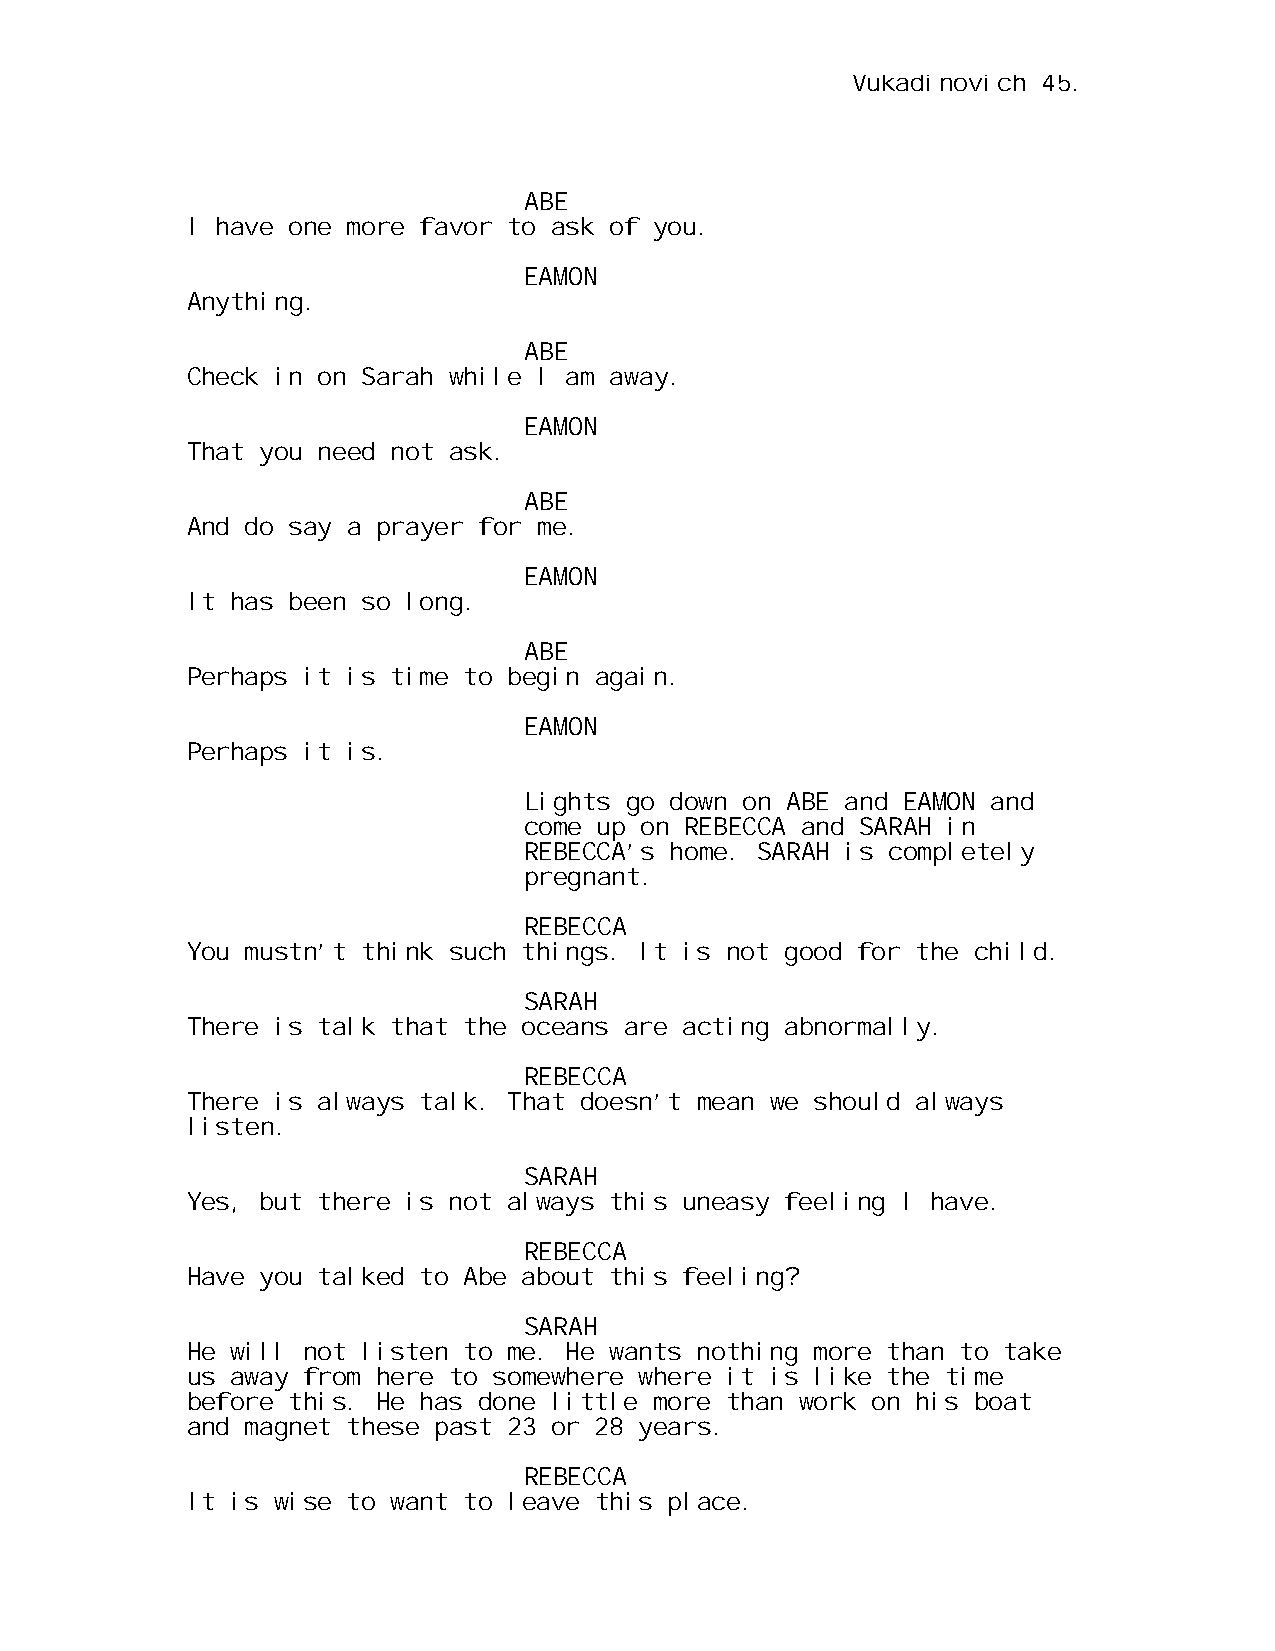
Vukadinovich 45.
 ABE
 I have one more favor to ask of you.
 EAMON
 Anything.
 ABE
 Check in on Sarah while I am away.
 EAMON
 That you need not ask.
 ABE
 And do say a prayer for me.
 EAMON
 It has been so long.
 ABE
 Perhaps it is time to begin again.
 EAMON
 Perhaps it is.
 Lights go down on ABE and EAMON and
 come up on REBECCA and SARAH in
 REBECCA’s home. SARAH is completely
 pregnant.
 REBECCA
 You mustn’t think such things. It is not good for the child.
 SARAH
 There is talk that the oceans are acting abnormally.
 REBECCA
 There is always talk. That doesn’t mean we should always
 listen.
 SARAH
 Yes, but there is not always this uneasy feeling I have.
 REBECCA
 Have you talked to Abe about this feeling?
 SARAH
 He will not listen to me. He wants nothing more than to take
 us away from here to somewhere where it is like the time
 before this. He has done little more than work on his boat
 and magnet these past 23 or 28 years.
 REBECCA
 It is wise to want to leave this place.